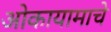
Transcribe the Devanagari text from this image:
ओकायामाचे